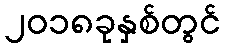
၂၀၁၈ခုနှစ်တွင်